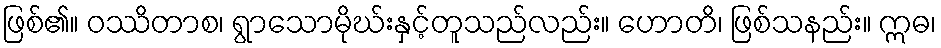
ဖြစ်၏။ ဝဿိတာစ၊ ရွာသောမိုဃ်းနှင့်တူသည်လည်း။ ဟောတိ၊ ဖြစ်သနည်း။ ဣဓ၊